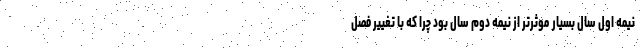
نیمه اول سال بسیار موثرتر از نیمه دوم سال بود چرا که با تغییر فصل